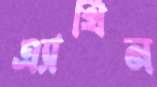
এ্যাথিন